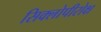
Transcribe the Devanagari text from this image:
सिक्लोपीरोक्ष